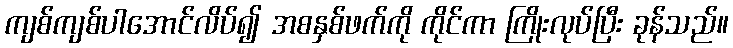
ကျစ်ကျစ်ပါအောင်လိပ်၍ အစနှစ်ဖက်ကို ကိုင်ကာ ကြိုးလုပ်ပြီး ခုန်သည်။